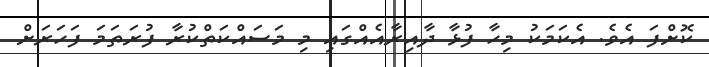
ކޮށްފަ އެވެ. އެކަމަކު މިހާ ފުޅާ ދާއިރާއެއްގައި މި މަސައްކަތްކުރާ ފުރަތަމަ ފަހަރަށް